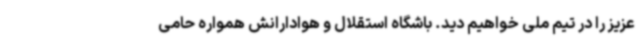
عزیز را در تیم ملی خواهیم دید. باشگاه استقلال و هوادارانش همواره حامی